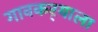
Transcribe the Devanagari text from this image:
गावकर्‍याला